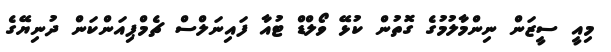
މިއީ ސީޒަން ނިންމާލުމުގެ ގޮތުން ކުޅޭ ވޯލްޑް ޓުއާ ފައިނަލްސް ޗެމްޕިއަންކަން ދުނިޔޭގެ